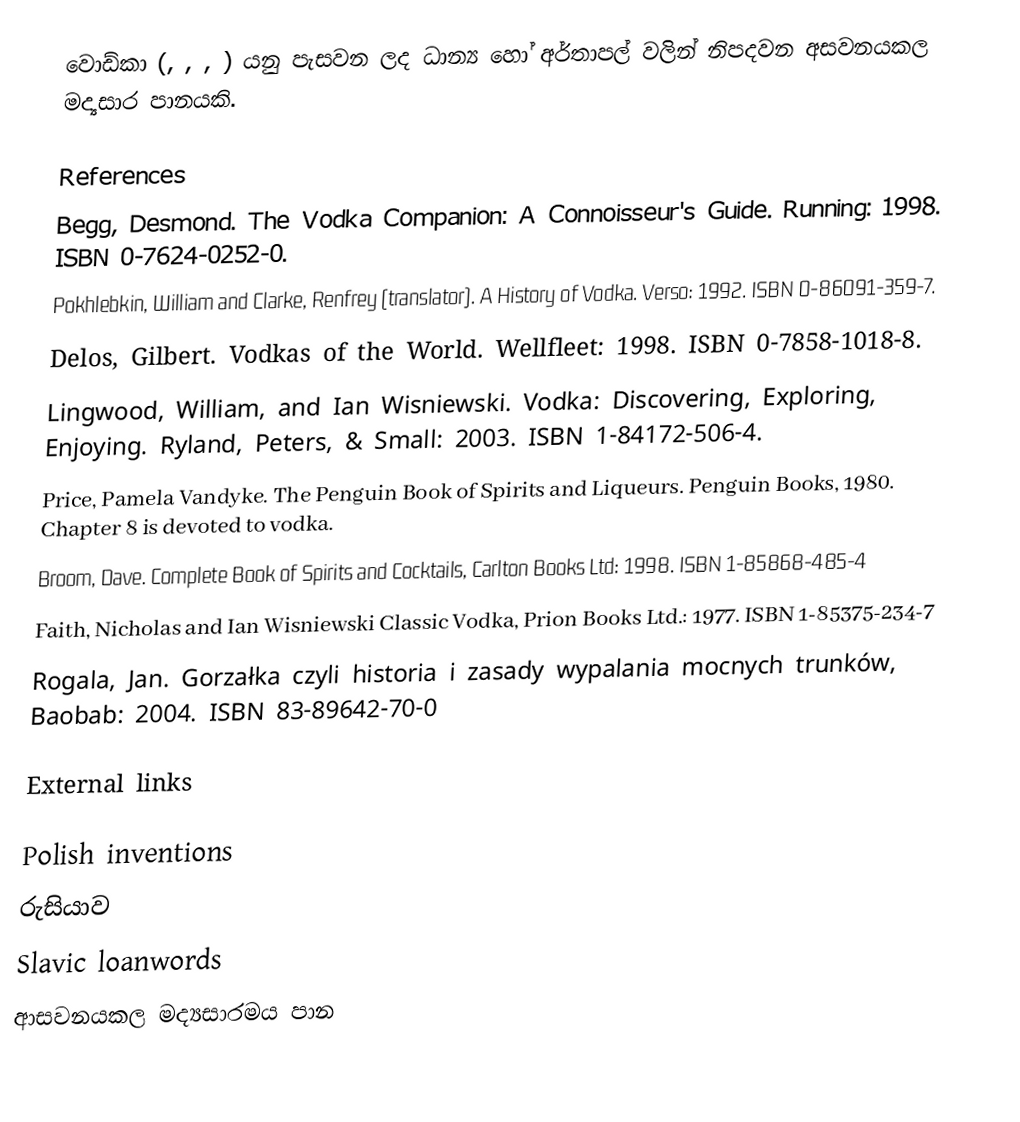
වොඩ්කා (, , , ) යනු පැසවන ලද  ධාන්‍ය හෝ අර්තාපල් වලින් නිපදවන අසවනයකල මද්‍යසාර පානයකි.

References
Begg, Desmond. The Vodka Companion: A Connoisseur's Guide. Running: 1998. ISBN 0-7624-0252-0.
Pokhlebkin, William and Clarke, Renfrey (translator). A History of Vodka. Verso: 1992. ISBN 0-86091-359-7.
Delos, Gilbert. Vodkas of the World. Wellfleet: 1998. ISBN 0-7858-1018-8.
Lingwood, William, and Ian Wisniewski. Vodka: Discovering, Exploring, Enjoying. Ryland, Peters, & Small: 2003. ISBN 1-84172-506-4.
Price, Pamela Vandyke. The Penguin Book of Spirits and Liqueurs. Penguin Books, 1980. Chapter 8 is devoted to vodka.
Broom, Dave. Complete Book of Spirits and Cocktails, Carlton Books Ltd: 1998. ISBN 1-85868-485-4
Faith, Nicholas and Ian Wisniewski Classic Vodka, Prion Books Ltd.: 1977. ISBN 1-85375-234-7
Rogala, Jan. Gorzałka czyli historia i zasady wypalania mocnych trunków, Baobab: 2004. ISBN 83-89642-70-0

External links

Polish inventions
රුසියාව
Slavic loanwords
ආසවනයකල මද්‍යසාරමය පාන